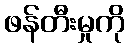
ဖန်တီးမှုကို